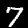
Label: 7